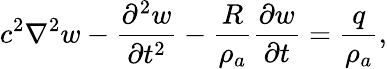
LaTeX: c^{2}\nabla^{2}w-\frac{\partial^{2}w}{\partial t^{2}}-\frac{R}{\rho_{a}}\frac{\partial w}{\partial t}=\frac{q}{\rho_{a}},